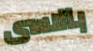
بالاسى